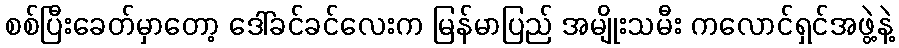
စစ်ပြီးခေတ်မှာတော့ ဒေါ်ခင်ခင်လေးက မြန်မာပြည် အမျိုးသမီး ကလောင်ရှင်အဖွဲ့နဲ့